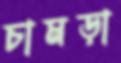
চামড়া